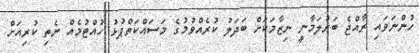
ހުންނަވައި ރާއްޖެ ބަރުލަމާނީ ނިޒާމަކަށް ބަދަލު ކުރެއްވުމުގެ މަސައްކަތްޕުޅު ހުއްޓުމެއް ނެތި ކުރިއަށް